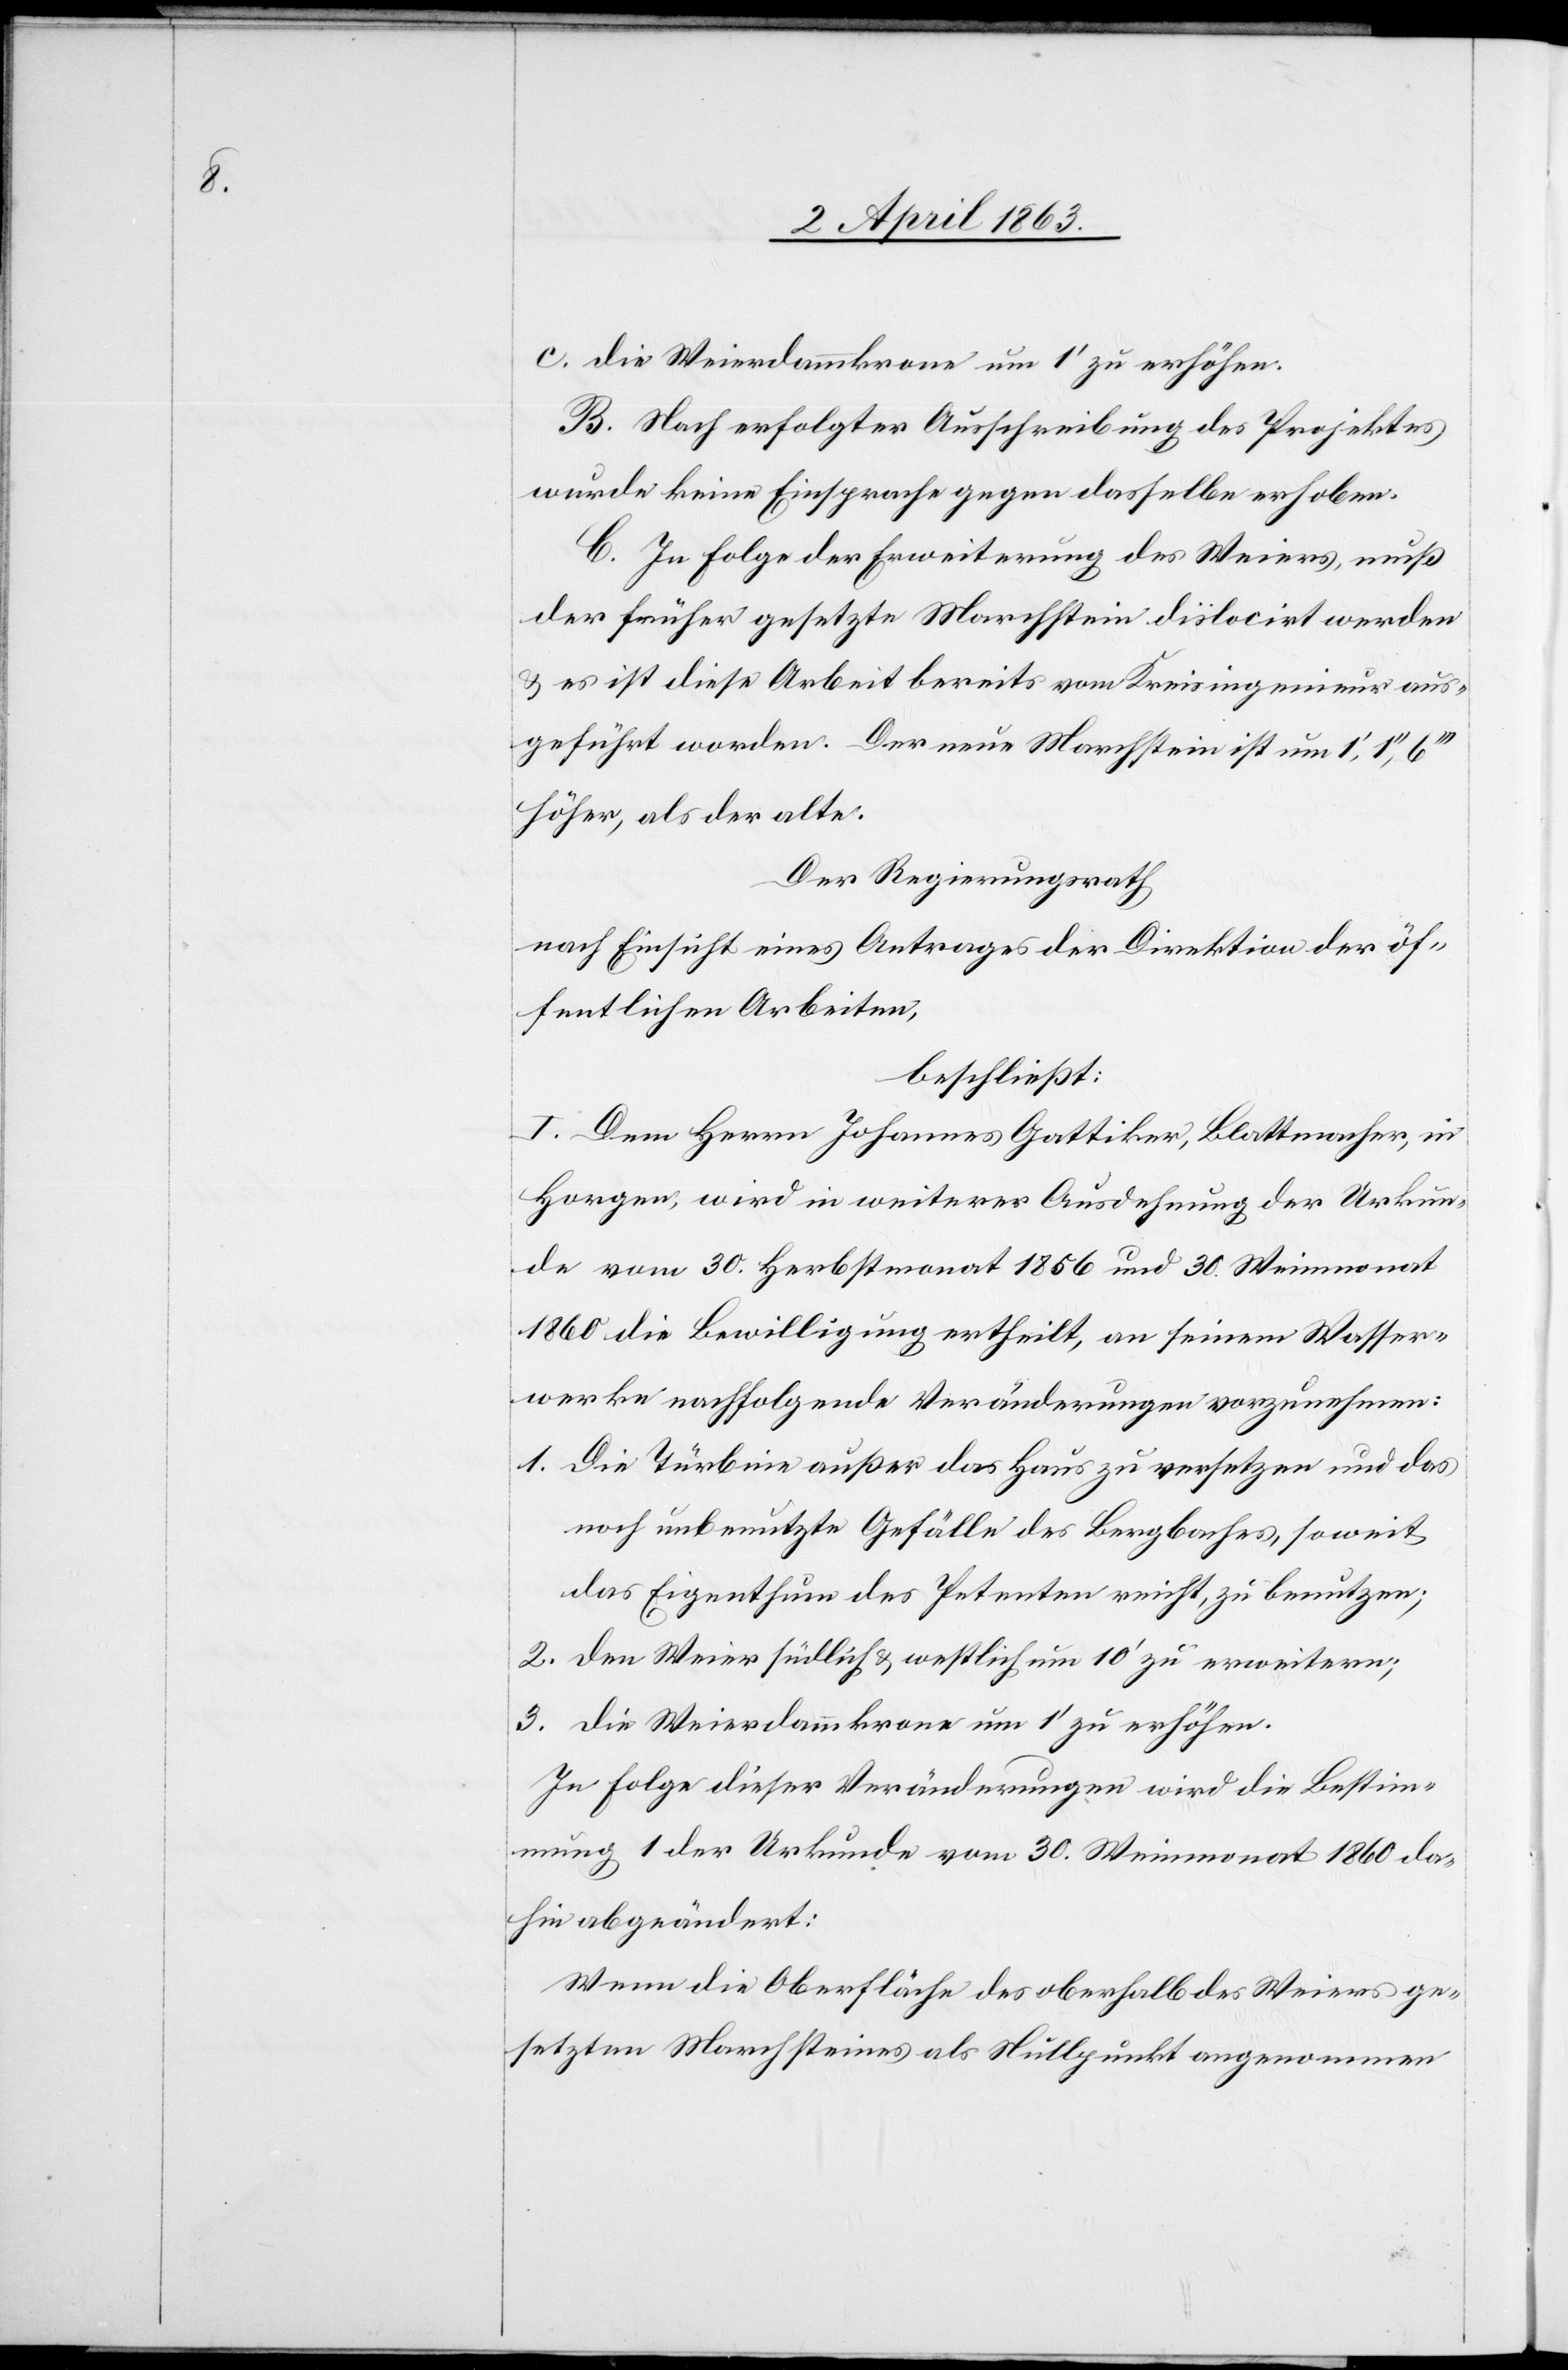
c) die Weierdammkrone um 1' zu erhöhen.
B. Nach erfolgter Ausschreibung des Projektes
wurde keine Einsprache gegen dasselbe erhoben.
C. In Folge der Erweiterung des Weiers, muß
der früher gesetzte Marchstein dislocirt werden
& es ist diese Arbeit bereits vom Kreisingenieur aus¬
geführt worden. Der neue Marchstein ist um 1',
höher, als der alte.
Der Regierungsrath
nach Einsicht eines Antrages der Direktion der öf¬
fentlichen Arbeiten,
beschließt:
I. Dem Herrn Johannes Gattiker, Blattmacher, in
Horgen, wird in weiterer Ausdehnung der Urkun¬
de vom 30. Herbstmonat 1856 und 30. Weinmonat
1860 die Bewilligung ertheilt, an seinem Wasser¬
werke nachfolgende Veränderungen vorzunehmen:
1. Die Türbine außer das Haus zu versetzen und das
noch unbenutzte Gefälle des Bergbaches, soweit
das Eigenthum des Petenten reicht, zu benutzen;
2. den Weier südlich & westlich um 10' zu erweitern;
3. die Weierdammkrone um 1' zu erhöhen.
In Folge dieser Veränderungen wird die Bestim¬
mung 1 der Urkunde vom 30. Weinmonat 1860 da¬
hin abgeändert:
Wenn die Oberfläche des oberhalb des Weiers ge¬
setzten Marchsteines als Nullpunkt angenommen